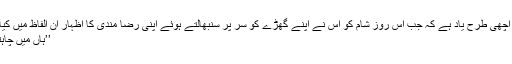
مجھے اچھی طرح یاد ہے کہ جب اس روز شام کو اس نے اپنے گھڑے کو سر پر سنبھالتے ہُوئے اپنی رضا مندی کا اظہار ان الفاظ میں کیا تھا کہ
’’ہاں میں چاہتی ہوں۔